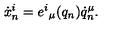
\dot { x } _ { n } ^ { i } = e ^ { i } { } _ { \mu } ( q _ { n } ) \dot { q } _ { n } ^ { \mu } .